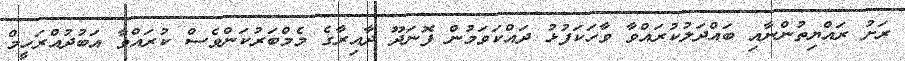
ރަށު ރައްޔިތުންނާއި ބައްދަލުކުރައްވާ ވާހަކަފުޅު ދައްކަވަމުން ފޮނަދޫ ދާއިރާގެ މެމްބަރުކަންވެސް ކުރައްވާ އަބުދުއްރަހީމް